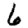
Digit: 6